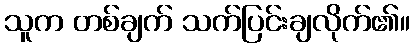
သူက တစ်ချက် သက်ပြင်းချလိုက်၏။